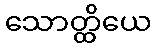
သောတ္ထိယေ